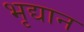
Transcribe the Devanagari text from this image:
भृद्यान